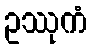
ဥဿုကံ